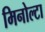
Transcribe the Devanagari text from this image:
मिनोल्टा